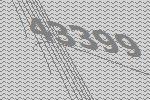
43399